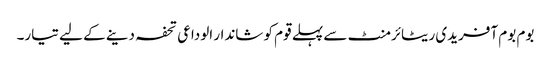
بوم بوم آفریدی ریٹائرمنٹ سے پہلے قوم کو شاندار الوداعی تحفہ دینے کے لیے تیار۔